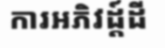
ការអភិវដ្ត៍ដី